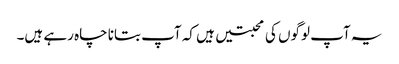
یہ آپ لوگوں کی محبتیں ہیں کہ آپ بتانا چاہ رہے ہیں۔